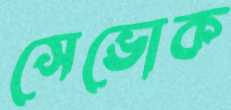
সেভোক